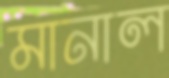
মানাল